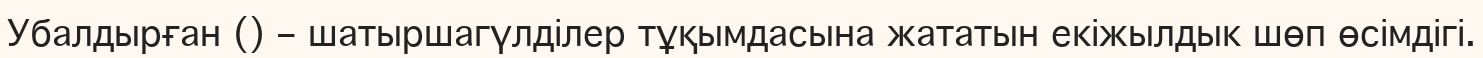
Убалдырған () – шатыршагүлділер тұқымдасына жататын екіжылдык шөп өсімдігі.